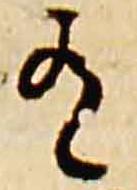
有